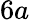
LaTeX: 6a